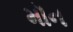
મૉન